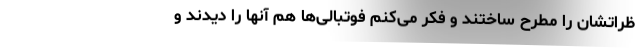
ظراتشان را مطرح ساختند و فکر می‌کنم فوتبالی‌ها هم آنها را دیدند و